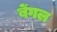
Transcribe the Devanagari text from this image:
बेंगल